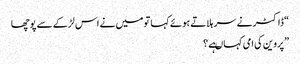
“ ڈاکٹر نے سر ہلاتے ہوئے کہا تو میں نے اس لڑکے سے پوچھا
”پروین کی امی کہاںہے ؟